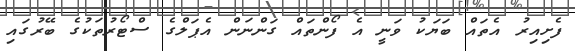
ފެށިއިރު އެތައް ބަަޔަކު ވަނީ އެ ފޯންތައް ގަންނަން އެޕަލްގެ ސްޓޯރުތަކުގެ ބޭރުގައި